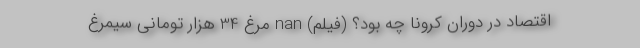
اقتصاد در دوران کرونا چه بود؟ (فیلم) nan مرغ 34 هزار تومانی سیمرغ